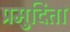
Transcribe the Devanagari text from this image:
प्रमुदिता